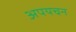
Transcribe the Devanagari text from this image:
अपयचन